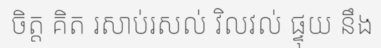
ចិត្ត គិត រសាប់រសល់ វិលវល់ ផ្ទុយ នឹង